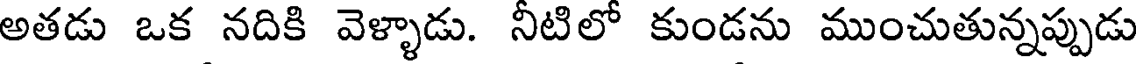
అతడు ఒక నదికి వెళ్ళాడు. నీటిలో కుండను ముంచుతున్నప్పుడు